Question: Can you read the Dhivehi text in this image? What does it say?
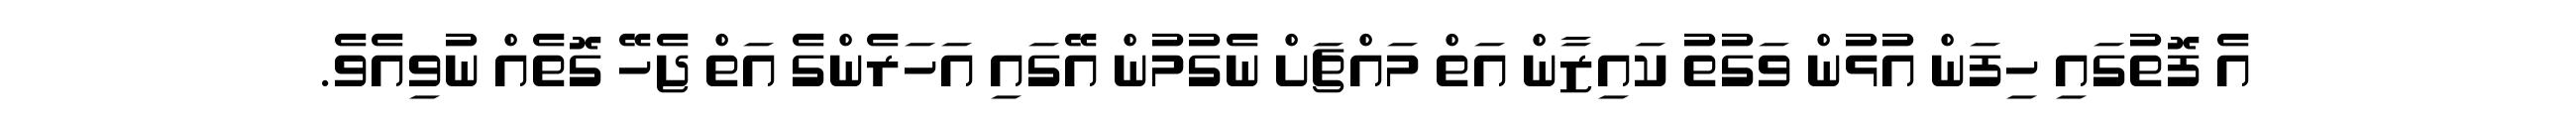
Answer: އެ ފޮތުގައި ހިފަން އުޅުން ވަގުތު ކައިޒާން އަތް މައްޗަށް ނެގުމުން އޭގައި އަހަރެންގެ އަތް ޖެހޭ ގޮތެއް ނުވިއެވެ.